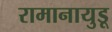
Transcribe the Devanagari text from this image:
रामानायुडू